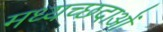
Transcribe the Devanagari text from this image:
मध्यच्छदाओं